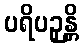
ပရိပဉှန္တိ